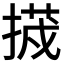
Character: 𭡷